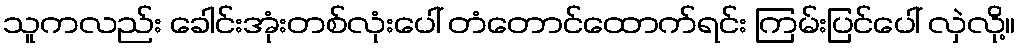
သူကလည်း ခေါင်းအုံးတစ်လုံးပေါ် တံတောင်ထောက်ရင်း ကြမ်းပြင်ပေါ် လှဲလို့။